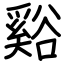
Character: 谿